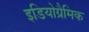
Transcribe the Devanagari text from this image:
इडियोग्रैमिक